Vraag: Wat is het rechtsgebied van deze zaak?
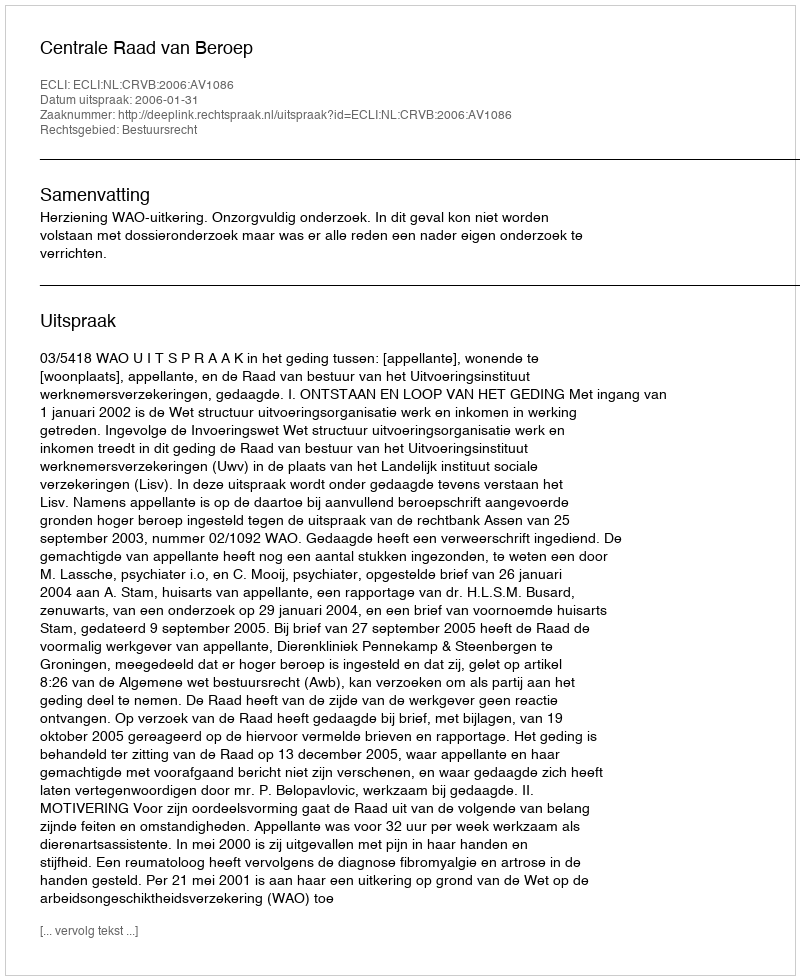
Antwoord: Bestuursrecht